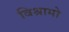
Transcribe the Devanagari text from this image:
विश्रामो